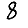
Digit: 8